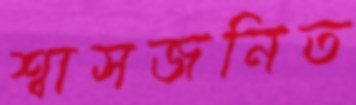
শ্বাসজনিত